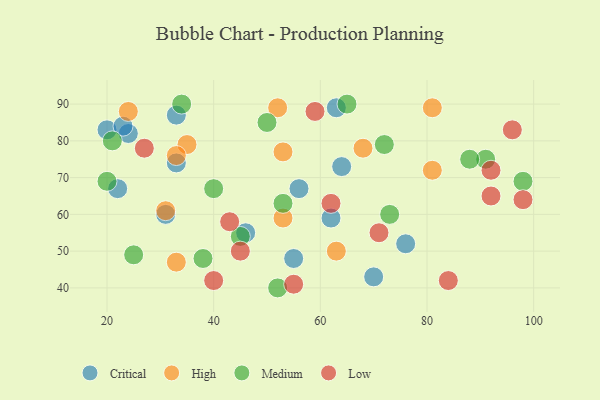
{"axis": {"x": "GDP", "y": "Life Expectancy"}, "legend": ["Critical", "High", "Low", "Medium"], "data": [{"x": "33", "y": 87, "type": "Critical"}, {"x": "24", "y": 82, "type": "Critical"}, {"x": "64", "y": 73, "type": "Critical"}, {"x": "20", "y": 83, "type": "Critical"}, {"x": "56", "y": 67, "type": "Critical"}, {"x": "70", "y": 43, "type": "Critical"}, {"x": "46", "y": 55, "type": "Critical"}, {"x": "33", "y": 74, "type": "Critical"}, {"x": "23", "y": 84, "type": "Critical"}, {"x": "63", "y": 89, "type": "Critical"}, {"x": "62", "y": 59, "type": "Critical"}, {"x": "22", "y": 67, "type": "Critical"}, {"x": "55", "y": 48, "type": "Critical"}, {"x": "76", "y": 52, "type": "Critical"}, {"x": "31", "y": 60, "type": "Critical"}, {"x": "53", "y": 59, "type": "High"}, {"x": "31", "y": 61, "type": "High"}, {"x": "53", "y": 77, "type": "High"}, {"x": "52", "y": 89, "type": "High"}, {"x": "24", "y": 88, "type": "High"}, {"x": "81", "y": 72, "type": "High"}, {"x": "35", "y": 79, "type": "High"}, {"x": "63", "y": 50, "type": "High"}, {"x": "33", "y": 47, "type": "High"}, {"x": "33", "y": 76, "type": "High"}, {"x": "81", "y": 89, "type": "High"}, {"x": "68", "y": 78, "type": "High"}, {"x": "21", "y": 80, "type": "Medium"}, {"x": "52", "y": 40, "type": "Medium"}, {"x": "50", "y": 85, "type": "Medium"}, {"x": "65", "y": 90, "type": "Medium"}, {"x": "38", "y": 48, "type": "Medium"}, {"x": "91", "y": 75, "type": "Medium"}, {"x": "25", "y": 49, "type": "Medium"}, {"x": "88", "y": 75, "type": "Medium"}, {"x": "72", "y": 79, "type": "Medium"}, {"x": "73", "y": 60, "type": "Medium"}, {"x": "34", "y": 90, "type": "Medium"}, {"x": "45", "y": 54, "type": "Medium"}, {"x": "53", "y": 63, "type": "Medium"}, {"x": "40", "y": 67, "type": "Medium"}, {"x": "20", "y": 69, "type": "Medium"}, {"x": "98", "y": 69, "type": "Medium"}, {"x": "92", "y": 72, "type": "Low"}, {"x": "55", "y": 41, "type": "Low"}, {"x": "84", "y": 42, "type": "Low"}, {"x": "62", "y": 63, "type": "Low"}, {"x": "92", "y": 65, "type": "Low"}, {"x": "96", "y": 83, "type": "Low"}, {"x": "59", "y": 88, "type": "Low"}, {"x": "43", "y": 58, "type": "Low"}, {"x": "71", "y": 55, "type": "Low"}, {"x": "40", "y": 42, "type": "Low"}, {"x": "27", "y": 78, "type": "Low"}, {"x": "45", "y": 50, "type": "Low"}, {"x": "98", "y": 64, "type": "Low"}]}